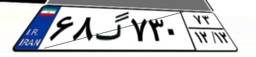
۶۸گ۷۳۰۷۳